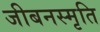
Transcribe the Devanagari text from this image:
जीबनस्मृति